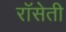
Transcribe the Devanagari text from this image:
रॉसेती